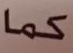
كما